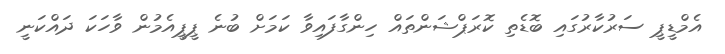
އެމްޑީޕީ ސަރުކާރުގައި ބޮޑެތި ކޮރަޕްޝަންތައް ހިންގާފައިވާ ކަމަށް ބުނެ ޕީޕީއެމުން ވާހަކަ ދައްކަނީ